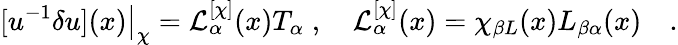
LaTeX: [u^{-1}\delta u](x)\big|_{\chi}={\cal L}_{\alpha}^{[\chi]}(x)T_{\alpha}\; ,\quad{\cal L}_{\alpha}^{[\chi]}(x)=\chi_{\beta L}(x)L_{\beta\alpha}(x)\quad.